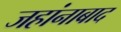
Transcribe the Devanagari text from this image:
जहांनाबाद